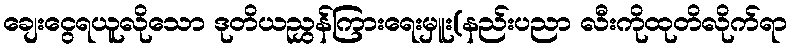
ချေးငွေရယူလိုသော ဒုတိယညွှန်ကြားရေးမှူး(နည်းပညာ လီးကိုထုတိလိုက်ရာ